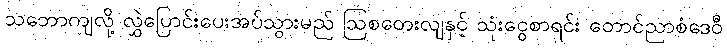
သဘောကျလို့ လွှဲပြောင်းပေးအပ်သွားမည် ဩစတေးလျနှင့် သုံးငွေစာရင်း တောင်ညာစံဒေဝီ